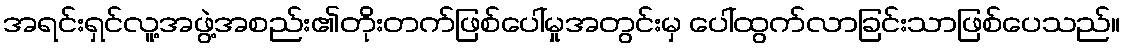
အရင်းရှင်လူ့အဖွဲ့အစည်း၏တိုးတက်ဖြစ်ပေါ်မှုအတွင်းမှ ပေါ်ထွက်လာခြင်းသာဖြစ်ပေသည်။